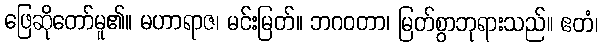
ဖြေဆိုတော်မူ၏။ မဟာရာဇ၊ မင်းမြတ်။ ဘဂဝတာ၊ မြတ်စွာဘုရားသည်။ ဧတံ၊